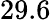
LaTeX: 29.6